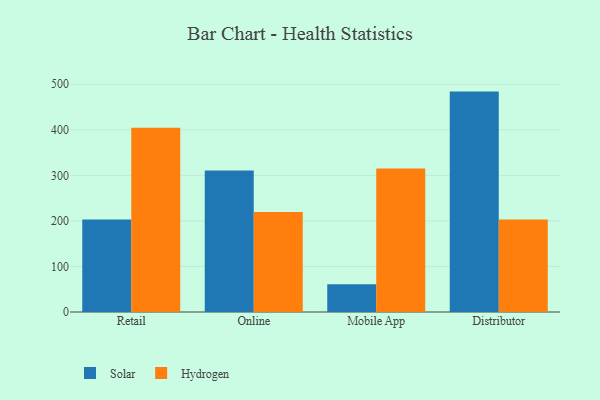
{"axis": {"x": "Channel", "y": "Waste Production (Tons)"}, "legend": ["Hydrogen", "Solar"], "data": [{"x": "Retail", "y": 202.9, "type": "Solar"}, {"x": "Retail", "y": 404.8, "type": "Hydrogen"}, {"x": "Online", "y": 310.7, "type": "Solar"}, {"x": "Online", "y": 219.5, "type": "Hydrogen"}, {"x": "Mobile App", "y": 60.9, "type": "Solar"}, {"x": "Mobile App", "y": 315.0, "type": "Hydrogen"}, {"x": "Distributor", "y": 483.9, "type": "Solar"}, {"x": "Distributor", "y": 203.2, "type": "Hydrogen"}]}